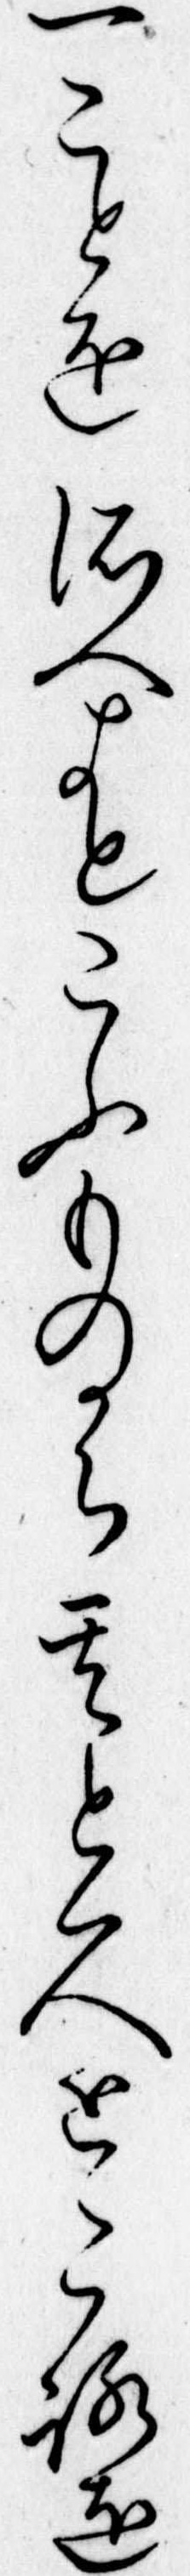
一ことをそへよとこふものから其とくところを